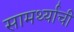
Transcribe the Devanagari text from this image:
सामर्थ्याची